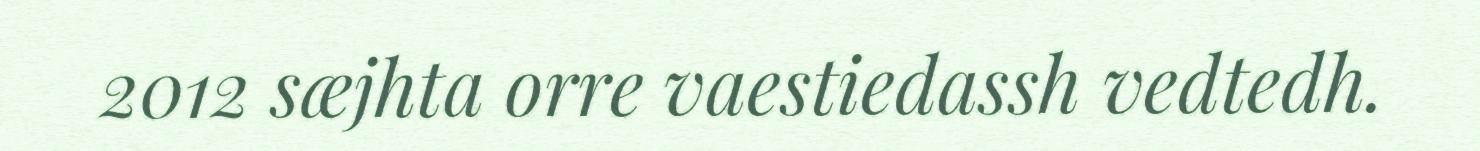
2012 sæjhta orre vaestiedassh vedtedh.